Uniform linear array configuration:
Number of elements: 12
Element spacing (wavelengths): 1
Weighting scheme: exponential
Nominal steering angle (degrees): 0
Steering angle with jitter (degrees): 0.8683
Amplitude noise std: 0.05
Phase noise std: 0.05

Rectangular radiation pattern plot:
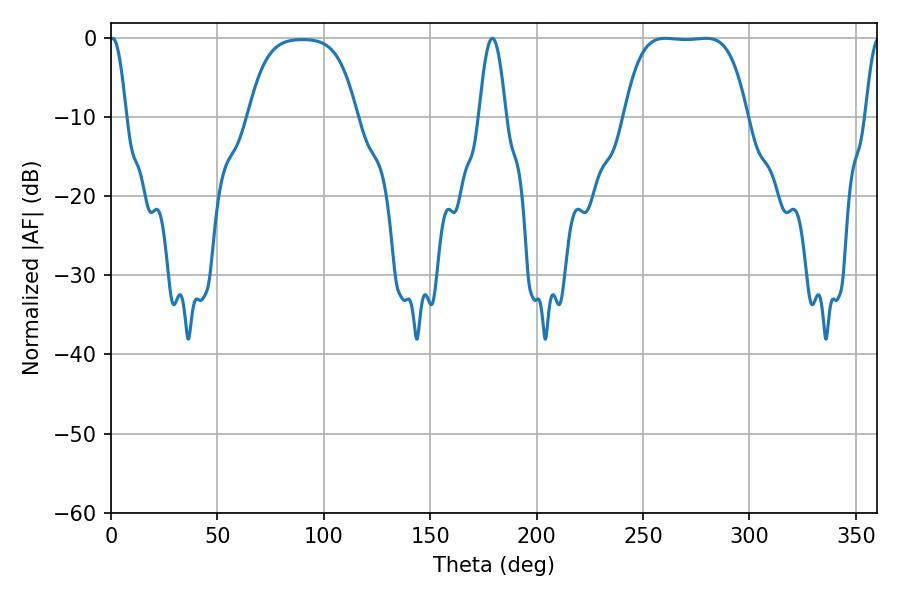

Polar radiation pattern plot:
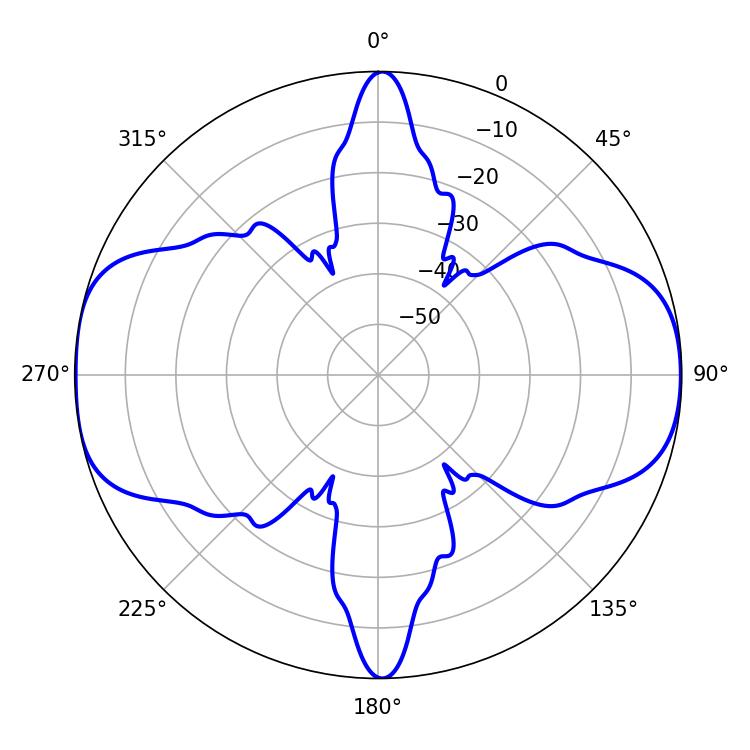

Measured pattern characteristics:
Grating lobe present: TRUE
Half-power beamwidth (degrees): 44.64
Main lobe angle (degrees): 260.46